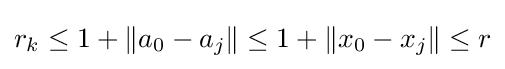
r_{k}\leq 1+\|a_{0}-a_{j}\|\leq 1+\|x_{0}-x_{j}\|\leq r